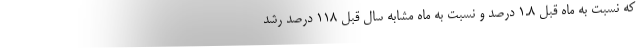
که نسبت به ماه قبل ۱.۸ درصد و نسبت به ماه مشابه سال قبل ۱۱۸ درصد رشد